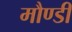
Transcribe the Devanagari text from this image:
मौण्डी